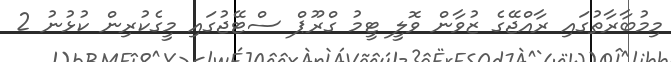
މިމުބާރާތުގައި ރާއްޖޭގެ ޒުވާން ވޮލީ ޓީމު ގްރޫޕް ސްޓޭޖުގައި މީގެކުރިން ކުޅުނު 2